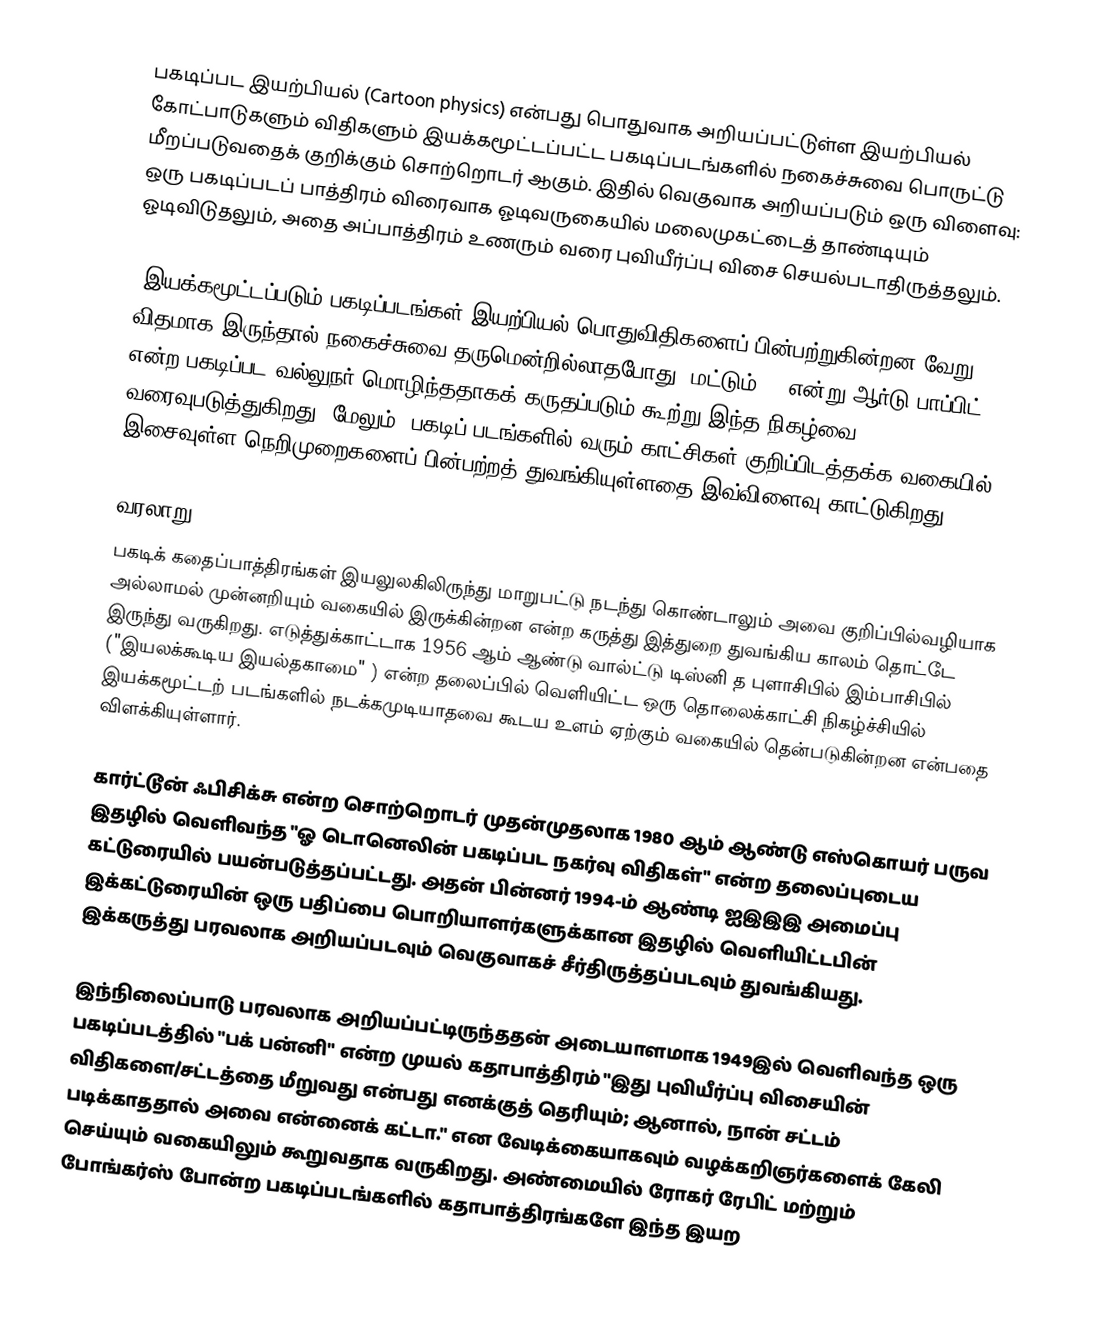
பகடிப்பட இயற்பியல் (Cartoon physics) என்பது பொதுவாக அறியப்பட்டுள்ள இயற்பியல் கோட்பாடுகளும் விதிகளும் இயக்கமூட்டப்பட்ட பகடிப்படங்களில் நகைச்சுவை பொருட்டு மீறப்படுவதைக் குறிக்கும் சொற்றொடர் ஆகும். இதில் வெகுவாக அறியப்படும் ஒரு விளைவு: ஒரு பகடிப்படப் பாத்திரம் விரைவாக ஓடிவருகையில் மலைமுகட்டைத் தாண்டியும் ஓடிவிடுதலும், அதை அப்பாத்திரம் உணரும் வரை புவியீர்ப்பு விசை செயல்படாதிருத்தலும்.

"இயக்கமூட்டப்படும் பகடிப்படங்கள் இயற்பியல் பொதுவிதிகளைப் பின்பற்றுகின்றன−வேறு விதமாக இருந்தால் நகைச்சுவை தருமென்றில்லாதபோது (மட்டும்)." என்று ஆர்டு பாப்பிட் என்ற பகடிப்பட வல்லுநர் மொழிந்ததாகக் கருதப்படும் கூற்று இந்த நிகழ்வை வரைவுபடுத்துகிறது. மேலும், பகடிப் படங்களில் வரும் காட்சிகள் குறிப்பிடத்தக்க வகையில் இசைவுள்ள நெறிமுறைகளைப் பின்பற்றத் துவங்கியுள்ளதை இவ்விளைவு காட்டுகிறது.

வரலாறு
பகடிக் கதைப்பாத்திரங்கள் இயலுலகிலிருந்து மாறுபட்டு நடந்து கொண்டாலும் அவை குறிப்பில்வழியாக அல்லாமல் முன்னறியும் வகையில் இருக்கின்றன என்ற கருத்து இத்துறை துவங்கிய காலம் தொட்டே இருந்து வருகிறது. எடுத்துக்காட்டாக 1956 ஆம் ஆண்டு வால்ட்டு டிஸ்னி த புளாசிபில் இம்பாசிபில் ("இயலக்கூடிய இயல்தகாமை" ) என்ற தலைப்பில் வெளியிட்ட ஒரு தொலைக்காட்சி நிகழ்ச்சியில் இயக்கமூட்டற் படங்களில் நடக்கமுடியாதவை கூடய உளம் ஏற்கும் வகையில் தென்படுகின்றன என்பதை விளக்கியுள்ளார்.

கார்ட்டூன் ஃபிசிக்சு என்ற சொற்றொடர் முதன்முதலாக 1980 ஆம் ஆண்டு எஸ்கொயர் பருவ இதழில் வெளிவந்த "ஓ டொனெலின் பகடிப்பட நகர்வு விதிகள்" என்ற தலைப்புடைய கட்டுரையில் பயன்படுத்தப்பட்டது. அதன் பின்னர் 1994-ம் ஆண்டி ஐஇஇஇ அமைப்பு இக்கட்டுரையின் ஒரு பதிப்பை பொறியாளர்களுக்கான இதழில் வெளியிட்டபின் இக்கருத்து பரவலாக அறியப்படவும் வெகுவாகச் சீர்திருத்தப்படவும் துவங்கியது.

இந்நிலைப்பாடு பரவலாக அறியப்பட்டிருந்ததன் அடையாளமாக 1949இல் வெளிவந்த ஒரு பகடிப்படத்தில் "பக் பன்னி" என்ற முயல் கதாபாத்திரம் "இது புவியீர்ப்பு விசையின் விதிகளை/சட்டத்தை மீறுவது என்பது எனக்குத் தெரியும்; ஆனால், நான் சட்டம் படிக்காததால் அவை என்னைக் கட்டா." என வேடிக்கையாகவும் வழக்கறிஞர்களைக் கேலி செய்யும் வகையிலும் கூறுவதாக வருகிறது. அண்மையில் ரோகர் ரேபிட் மற்றும் போங்கர்ஸ் போன்ற பகடிப்படங்களில் கதாபாத்திரங்களே இந்த இயற